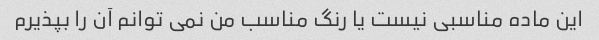
این ماده مناسبی نیست یا رنگ مناسب من نمی توانم آن را بپذیرم